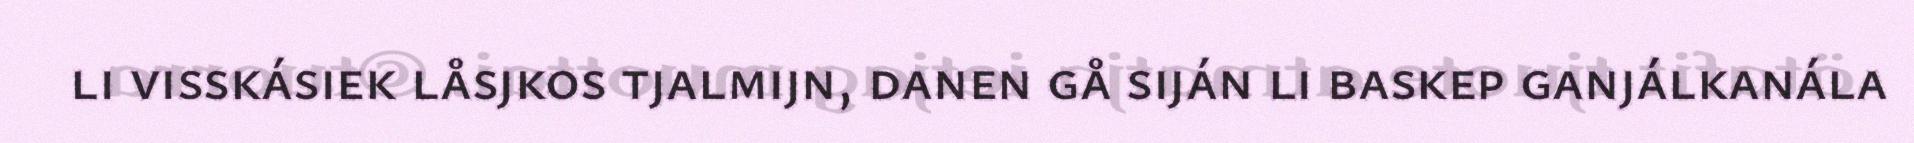
li visskásiek låsjkos tjalmijn, danen gå siján li baskep ganjálkanála